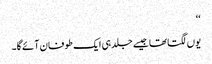
‘‘
یوں لگتا تھا جیسے جلد ہی ایک طوفان آئے گا۔